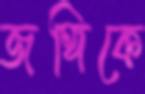
জঙ্গিকে